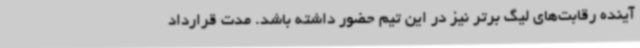
آینده رقابت‌های لیگ برتر نیز در این تیم حضور داشته باشد. مدت قرارداد